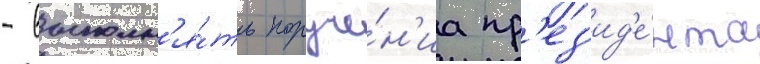
- выполн'я́ть поруче́н'иа пр'ез'ид'е́нта